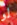
لو